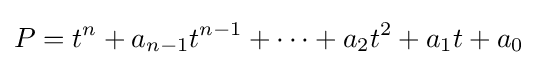
P=t^{n}+a_{n-1}t^{n-1}+\cdots +a_{2}t^{2}+a_{1}t+a_{0}